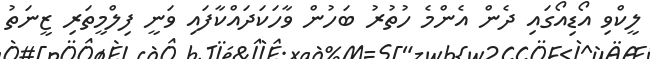
ލީކްވި އޯޑިއޯގައި ދެން އެންމެ ހުތުރު ބަހުން ވާހަކަދައްކާފައި ވަނީ ފިލްމީތަރި ޒީނަތު